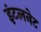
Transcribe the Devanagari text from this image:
इंटलनेट